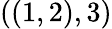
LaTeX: ((1,2),3)